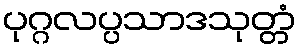
ပုဂ္ဂလပ္ပသာဒသုတ္တံ